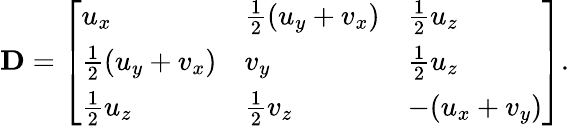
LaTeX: \mathbf{D}=\left[\begin{array}{lll}{u_{x}}&{\frac 12(u_{y}+v_{x})}&{\frac 12u_{z}}\\ {\frac 12(u_{y}+v_{x})}&{v_{y}}&{\frac 12u_{z}}\\ {\frac 12u_{z}}&{\frac 12v_{z}}&{-(u_{x}+v_{y})}\end{array}\right].